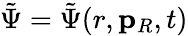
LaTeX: \tilde{\Psi}=\tilde{\Psi}(r,\mathbf{p}_{R},t)